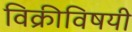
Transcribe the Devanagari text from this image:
विक्रीविषयी